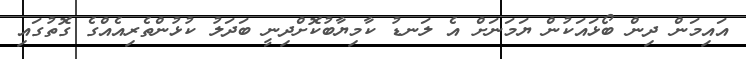
އައިމަން ދިން ބޯޅައަކުން ޔަމަނަށް އެ ލަނޑު ކާމިޔާބުކޮށްދިނީ ބަދަލު ކުޅުންތެރިއެއްގެ ގޮތުގައި